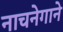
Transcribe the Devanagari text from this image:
नाचनेगाने